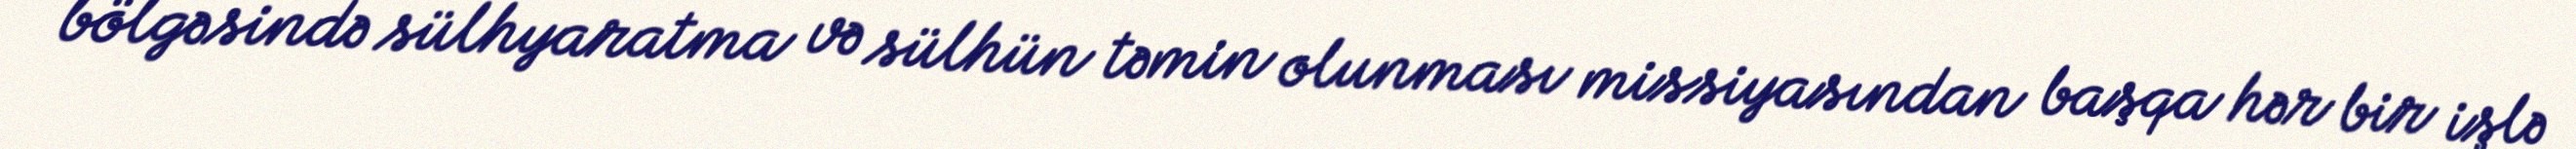
bölgəsində sülhyaratma və sülhün təmin olunması missiyasından başqa hər bir işlə